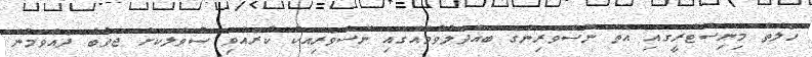
ހެލްތް މިނިސްޓްރީގައި އޮތް ނޫސްވެރިންގެ ބައްދަލުވުމެއްގައި ނޫސްވެރިއަކު ކުރެއްވި ސުވާލަކަށް ޖަވާބު ދެއްވަމުން